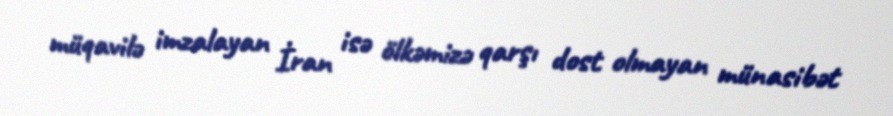
müqavilə imzalayan İran isə ölkəmizə qarşı dost olmayan münasibət